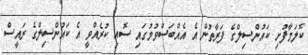
ކޮލަމާފުށި ކައުންސިލްގެ ފަރާތުން އެ އެއްބަސްވުމުގައި ސޮއި ކުރެއްވީ އެ ކައުންސިލްގެ ރައީސް